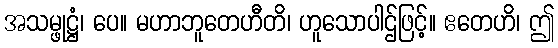
အသမ္ဖုဋ္ဌံ၊ ပေ။ မဟာဘူတေဟီတိ၊ ဟူသောပါဌ်ဖြင့်။ ဧတေဟိ၊ ဤ